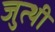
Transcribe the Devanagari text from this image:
जुत्थी